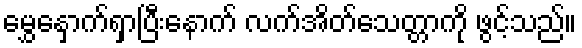
မွှေနှောက်ရှာပြီးနောက် လက်အိတ်သေတ္တာကို ဖွင့်သည်။